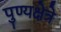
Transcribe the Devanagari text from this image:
पुण्यक्षेत्रे